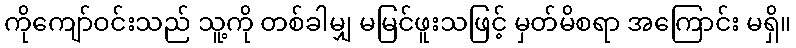
ကိုကျော်ဝင်းသည် သူ့ကို တစ်ခါမျှ မမြင်ဖူးသဖြင့် မှတ်မိစရာ အကြောင်း မရှိ။